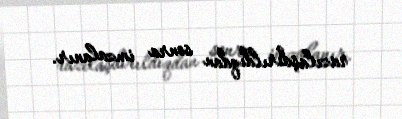
razılaşdırıldıqdan sonra imzalanır.